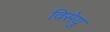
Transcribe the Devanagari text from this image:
विसेयु